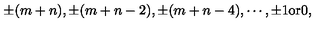
\pm ( m + n ) , \pm ( m + n - 2 ) , \pm ( m + n - 4 ) , \cdots , \pm 1 \mathrm { o r } 0 ,